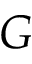
G